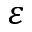
\varepsilon